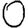
Digit: 0